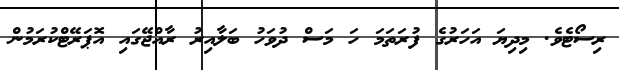
ރިސޯޓެވެ. މިދިޔަ އަހަރުގެ ފުރަތަމަ ހަ މަސް ދުވަހު ބަލާއިރު ރާއްޖޭގައި އޮޕަރޭޓްކުރަމުން